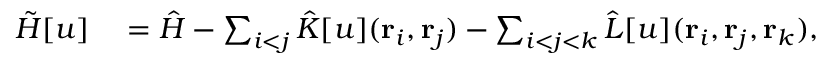
\begin{array} { r l } { \tilde { H } [ u ] } & { { } = \hat { H } - \sum _ { i < j } \hat { K } [ u ] ( { \mathbf { r } _ { i } } , { \mathbf { r } _ { j } } ) - \sum _ { i < j < k } \hat { L } [ u ] ( { \mathbf { r } _ { i } } , { \mathbf { r } _ { j } } , { \mathbf { r } _ { k } } ) , } \end{array}